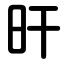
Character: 旰